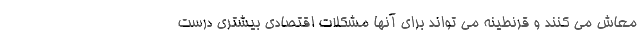
معاش می کنند و قرنطینه می تواند برای آنها مشکلات اقتصادی بیشتری درست